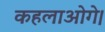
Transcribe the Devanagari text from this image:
कहलाओगे।